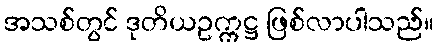
အသစ်တွင် ဒုတိယဥက္ကဋ္ဌ ဖြစ်လာပါသည်။